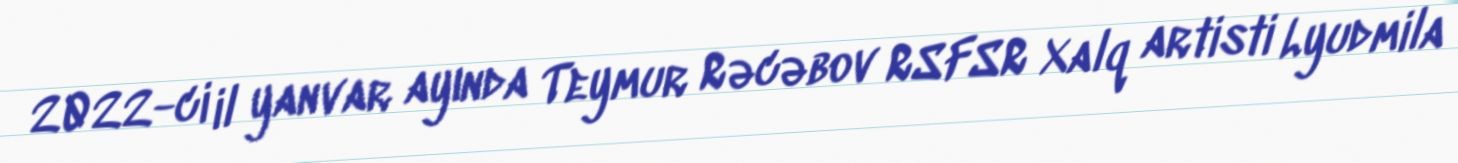
2022-ci il yanvar ayında Teymur Rəcəbov RSFSR Xalq artisti Lyudmila